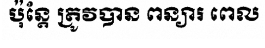
ប៉ុន្តែ ត្រូវបាន ពន្យារ ពេល